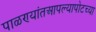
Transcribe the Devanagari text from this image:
पाळण्यांतआपल्यापोटच्या